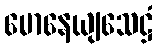
မောနေယျသေဋ္ဌံ